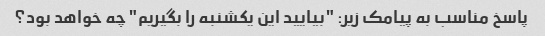
پاسخ مناسب به پیامک زیر: "بیایید این یکشنبه را بگیریم" چه خواهد بود؟